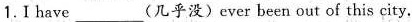
1.I have ___（几乎没）ever been out of this city.